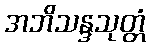
အဘိသန္ဒသုတ္တံ